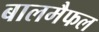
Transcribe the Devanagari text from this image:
बालमैफल